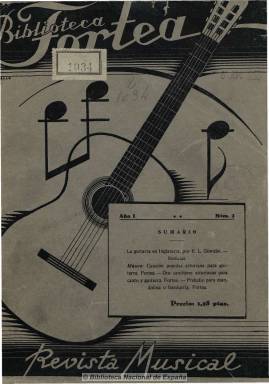
Título: Biblioteca Fortea, revista musical
Colección: Música
Ámbito geográfico: Madrid
Lugar de publicación: Madrid
Fechas: 01/01/1935-30/06/1936

Publicación mensual musical y literaria, dirigida por Daniel Fortea, dedicada exclusivamente a la guitarra, el laúd, la bandurria y la mandolina. Contiene textos sobre biografías de autores e intérpretes, noticias, informaciones sobre conciertos y el desarrollo de la guitarra en otros países, como Japón, y artículos de opinión, algunos de estos en francés. Ilustrada con fotografías. Publicaba también cuatro páginas de partituras de guitarra y mandolina que se entregaba aparte a los suscriptores. En la colección de la Biblioteca Nacional de España, sólo aparecen estas partituras en el número 15. Publicó 18 entregas hasta junio de 1936 y en 1946 reapareció, publicándose también en 1950-1951, con el título de Boletín-revista de la Biblioteca Fortea.